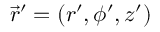
\vec { r } ^ { \prime } = ( r ^ { \prime } , \phi ^ { \prime } , z ^ { \prime } )